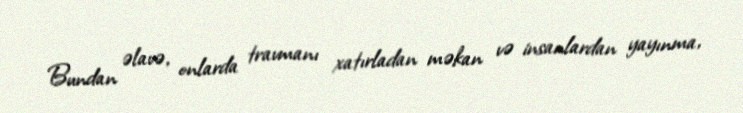
Bundan əlavə, onlarda travmanı xatırladan məkan və insanlardan yayınma,